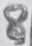
Text: 8